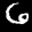
Label: 6